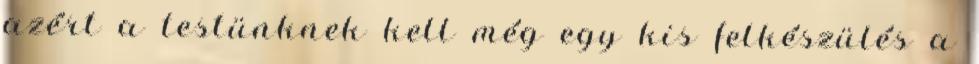
azért a testünknek kell még egy kis felkészülés a